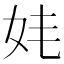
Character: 𡛋